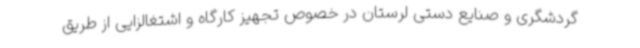
گردشگری و صنایع دستی لرستان در خصوص تجهیز کارگاه و اشتغالزایی از طریق